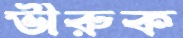
ভীরুক